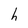
Character: h